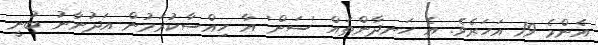
އެންމެ 19 އަހަރެވެ. އެ ހަނދާންތައް 'ސަން' އާ ހިއްސާކުރަމުން އަދުނާނު ބުނީ